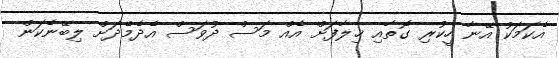
އެކަމަކު އޭނާ ހީކުރި ގޮތާއި ޚިލާފަށް އެއް މަސް ދުވަސް އެދެމެދަށް ލިބޭނެކަން